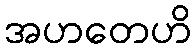
အဟတေဟိ